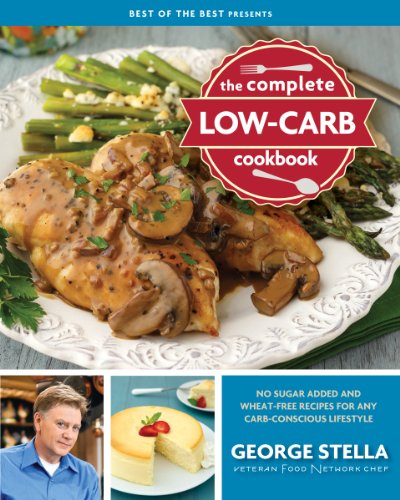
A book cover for The Complete Low-Carb Cookbook (Best of the Best Presents); George Stella; Cookbooks, Food & Wine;